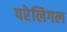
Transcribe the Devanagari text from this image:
परेलिगल